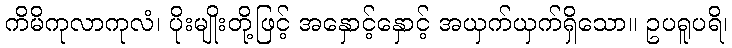
ကိမိကုလာကုလံ၊ ပိုးမျိုးတို့ဖြင့် အနှောင့်နှောင့် အယှက်ယှက်ရှိသော။ ဥပရူပရိ၊